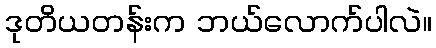
ဒုတိယတန်းက ဘယ်လောက်ပါလဲ။